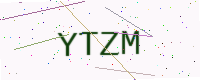
Text: YTZM